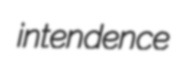
intendence